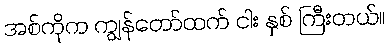
အစ်ကိုက ကျွန်တော်ထက် ငါး နှစ် ကြီးတယ်။